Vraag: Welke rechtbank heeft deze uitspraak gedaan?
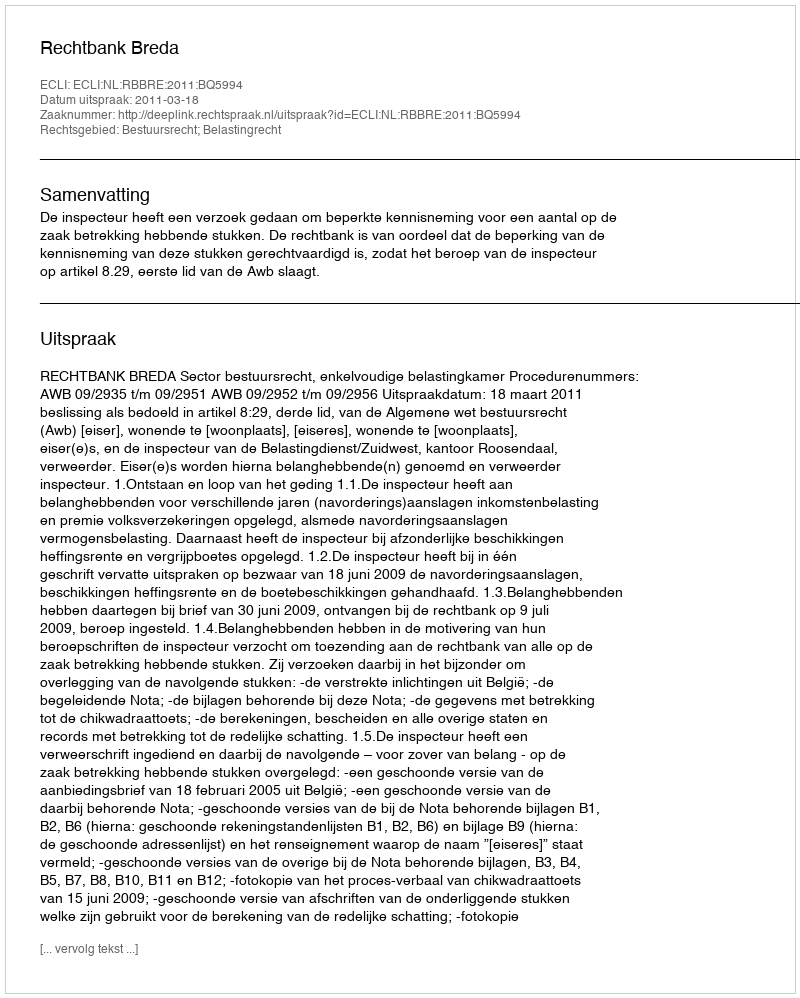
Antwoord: Rechtbank Breda